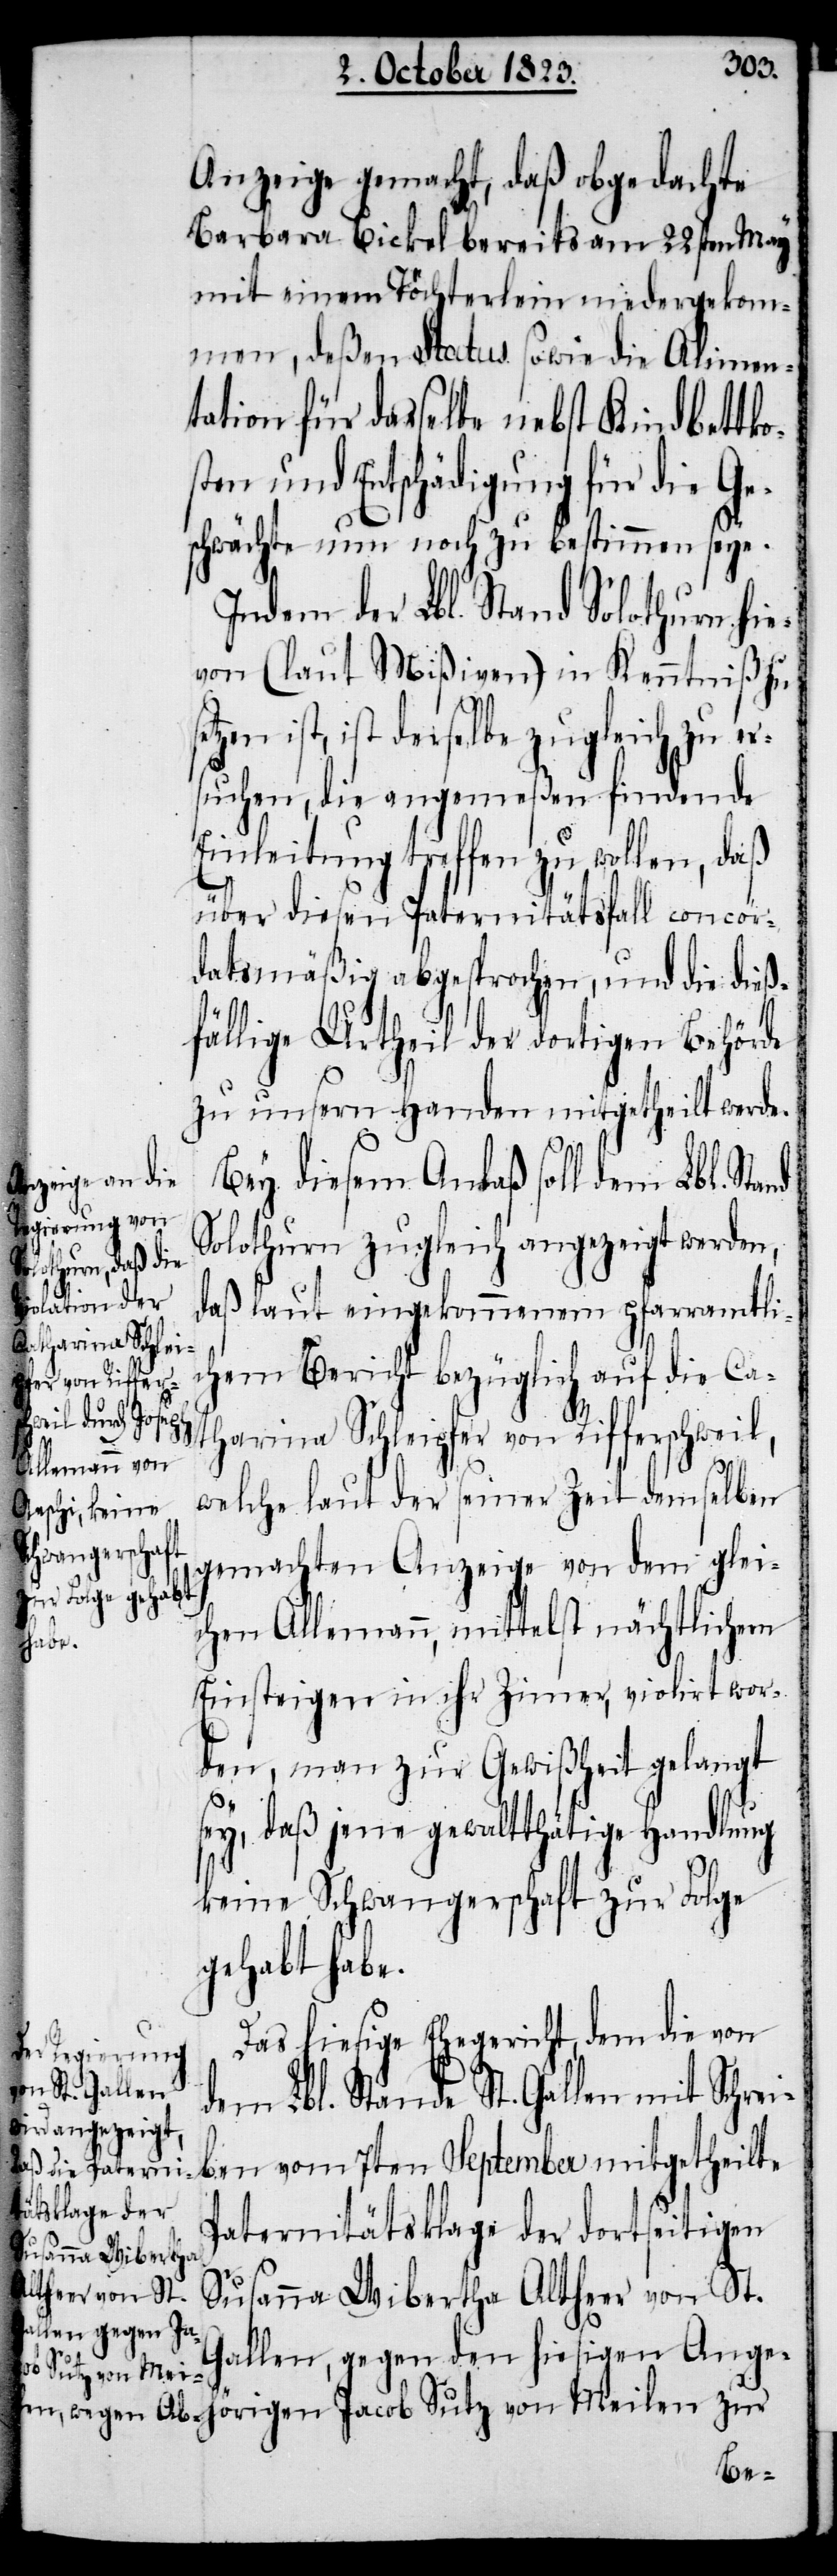
nd

Anzeige gemacht, daß obgedachte
Barbara Bickel bereits am 22sten May
mit einem Töchterlein niedergekom¬
men, deßen Status sowie die Alimen¬
tation für dasselbe nebst Kindbettko¬
sten und Entschädigung für die Ge¬
schwächte nun noch zu bestimmen seye.
Indem der Lbl. Stand Solothurn hie¬
von (laut Mißiven) in Kenntniß zu
ist, ist derselbe zugleich zu er¬
suchen, die angemeßen findende
Einleitung treffen zu wollen, daß
über diesen Paternitätsfall concor¬
datsmäßig abgesprochen, und die dieß¬
fällige Urtheil der dortigen Behörde
zu unsern Handen mitgetheilt werde.
Bey diesem Anlaß soll dem Lbl. Sta¬
Solothurn zugleich angezeigt werden,
daß laut eingekommenem pfarramtli¬
chem Bericht bezüglich auf die Ca¬
tharina Schleipfer von Rifferschweil,
welche laut der seiner Zeit demselben
gemachten Anzeige von dem glei¬
chen Allemann, mittelst nächtlichem
Einsteigen in ihr Zimmer, violirt wor¬
den, man zur Gewißheit gelangt
sey, daß jene gewaltthätige Handlung
keine Schwangerschaft zur Folge
gehabt habe.
Das hiesige Ehegericht, dem die von
dem Lbl. Stande St. Gallen mit Schrei¬
ben vom 7ten September mitgetheilte
Paternitätsklage der dortseitigen
Susanna Wibertha Altheer von St.
Gallen, gegen den hiesigen Ange¬
hörigen Jacob Sutz von Meilen zur